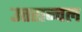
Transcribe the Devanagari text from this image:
उत्तरान्चल